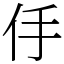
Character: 㐿